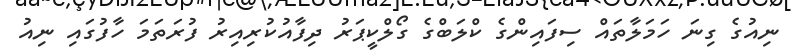
ނިއުގެ ގިނަ ހަމަލާތައް ސިފައިންގެ ކްލަބްގެ ގޯލްކީޕަރު ދިފާއުކުރިއިރު ފުރަތަމަ ހާފުގައި ނިއު